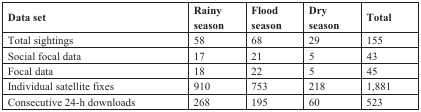
<table><thead><tr><td><b>Data set</b></td><td><b>Rainyseason</b></td><td><b>Floodseason</b></td><td><b>Dryseason</b></td><td><b>Total</b></td></tr></thead><tbody><tr><td>Total sightings</td><td>58</td><td>68</td><td>29</td><td>155</td></tr><tr><td>Social focal data</td><td>17</td><td>21</td><td>5</td><td>43</td></tr><tr><td>Focal data</td><td>18</td><td>22</td><td>5</td><td>45</td></tr><tr><td>Individual satellite fixes</td><td>910</td><td>753</td><td>218</td><td>1,881</td></tr><tr><td>Consecutive 24-h downloads</td><td>268</td><td>195</td><td>60</td><td>523</td></tr></tbody></table>